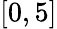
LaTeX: [0,5]